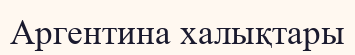
Аргентина халықтары